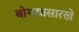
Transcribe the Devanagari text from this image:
बोगद्यासारखे